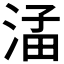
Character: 𪶖